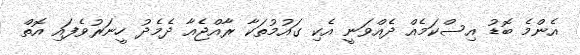
އެންމެ ބޮޑު އިސްކަމެއް ދެއްވަނީ އެކި ގައުމުތަކާ ރާއްޖެއާ ދެމެދު ހީނަރުވެފައި އޮތް